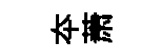
夲萧